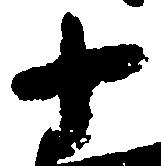
十